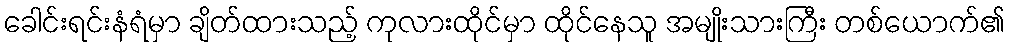
ခေါင်းရင်းနံရံမှာ ချိတ်ထားသည့် ကုလားထိုင်မှာ ထိုင်နေသူ အမျိုးသားကြီး တစ်ယောက်၏